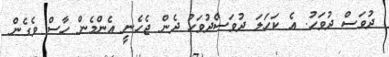
ދުވަސް ދުވަހު. އެ ކަހަލަ ދުވަސްދުވަހު ދެން ޖެހެނީ އެންމެން ހާސް ވެގެން